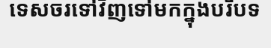
ទេសចរទៅវិញទៅមកក្នុងបរិបទ